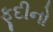
ફૂદીનો